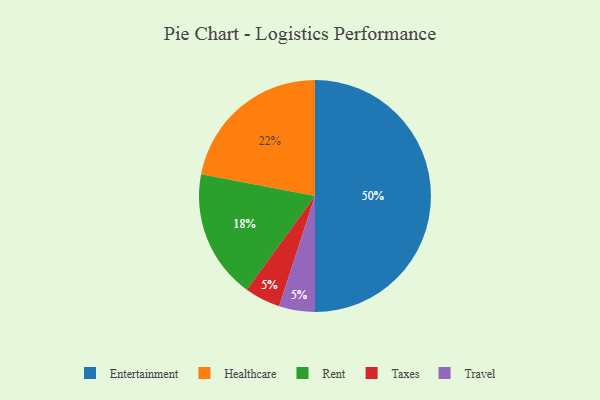
{"axis": {"x": "Category", "y": "Percentage"}, "legend": ["Entertainment", "Healthcare", "Rent", "Taxes", "Travel"], "data": [{"x": "Taxes", "y": 5, "type": "Taxes"}, {"x": "Travel", "y": 5, "type": "Travel"}, {"x": "Rent", "y": 18, "type": "Rent"}, {"x": "Healthcare", "y": 22, "type": "Healthcare"}, {"x": "Entertainment", "y": 50, "type": "Entertainment"}]}